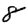
Digit: 8